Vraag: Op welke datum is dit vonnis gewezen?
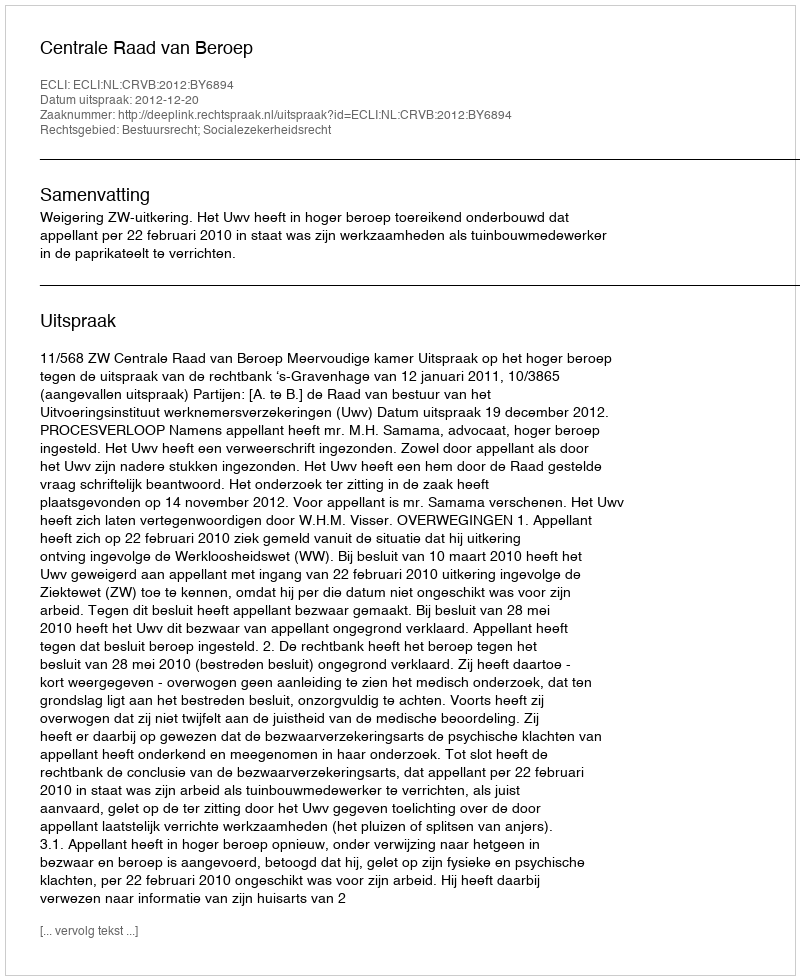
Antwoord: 2012-12-20